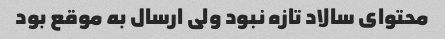
محتواى سالاد تازه نبود ولى ارسال به موقع بود